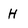
Character: H